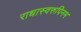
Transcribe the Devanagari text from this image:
राधास्वरुपिनम